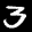
Label: 3